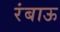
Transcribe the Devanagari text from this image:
रंबाऊ